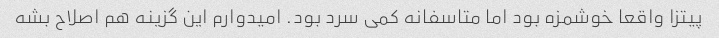
پیتزا واقعا خوشمزه بود اما متاسفانه کمی سرد بود. امیدوارم این گزینه هم اصلاح بشه